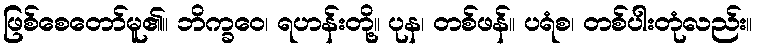
ဖြစ်စေတော်မူ၏။ ဘိက္ခဝေ၊ ရဟန်းတို့။ ပုန၊ တစ်ဖန်။ ပရံစ၊ တစ်ပါးတုံလည်း။